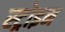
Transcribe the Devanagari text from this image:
स्ट्रोइन